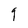
Character: g